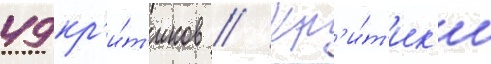
49 кр'и́т'иков // Кр'и́т'ик'и